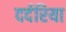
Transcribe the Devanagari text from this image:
दर्दरिया